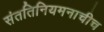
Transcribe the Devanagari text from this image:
संततिनियमनाचीच